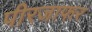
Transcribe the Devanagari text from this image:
पीरजाफर